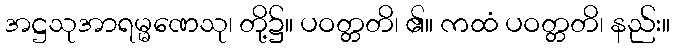
အဋ္ဌသုအာရမ္မဏေသု၊ တို့၌။ ပဝတ္တတိ၊ ၏။ ကထံ ပဝတ္တတိ၊ နည်း။